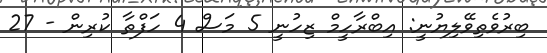
ބިރުވެތިވޭލިޔުނީ: އިބްރާހީމް ޒިހުނީ 5 މަސް 4 ހަފްތާ ކުރިން - 27